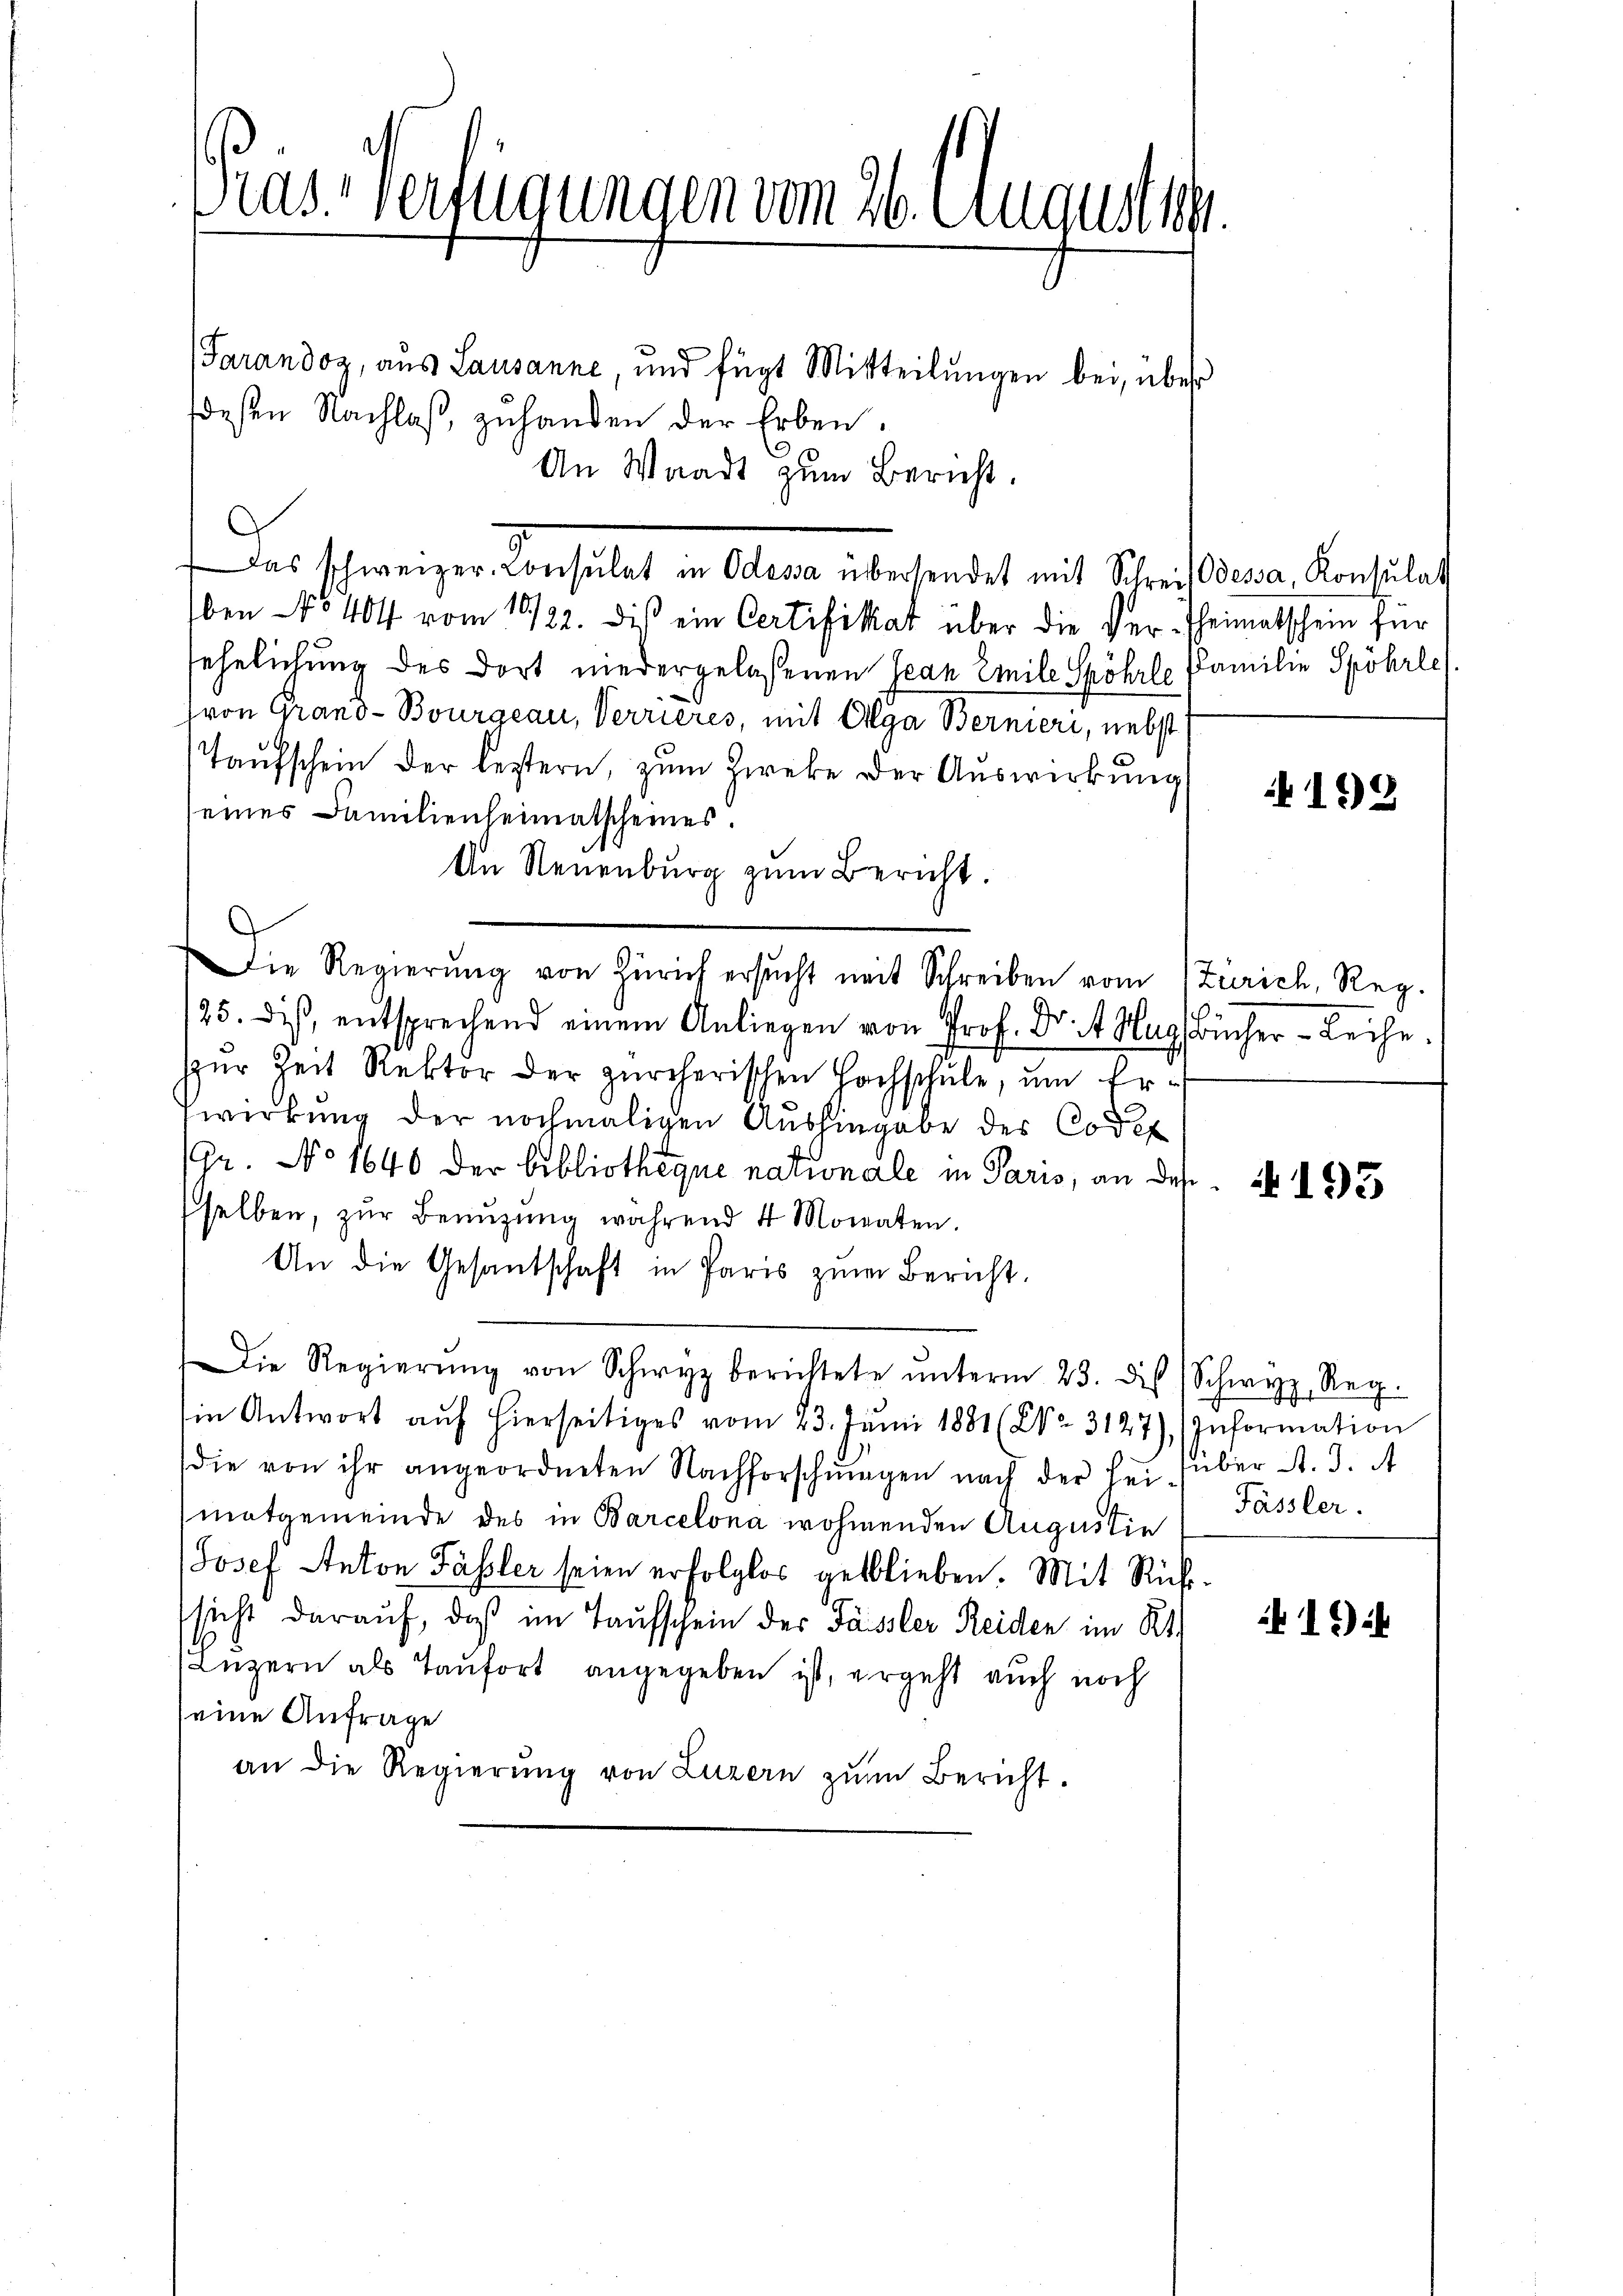
ras Verfügungen vom 26. August ten
Tarandoz, aus Lausanne, und fügt Mitteilungen bei, über
desen Nachlaβ zuhanden der Erben.

An Waadt zum Bericht.
Das schweizer Konsulat in Olexa übersendet mit Schrei devan Konsulat
ben No 404 vom 19/22. Dies ein Certifikat über die Ver-Theimatschein für
sehnlichung des dort niedergelaßenen Jean Emile Spöhrle
(von Grand-Bourgeau, Verrieres, mit Olga Bernieri, nebst
Taufschein der leztern, zum Zwecke der Auswirkung
eines Familienheimatscheines.
An Neuenburg zum Bericht.
125. dis, entsprechend einem Anliegen von Prof. Dr. 4. Mag Bücher - Leihe.
zur Zeit Rektor der zürcherischen Hochschule, um Ertwirkung der nochmaligen Aushingabe des Codex
(Gr. No 1640 der Bibliotheque nationale in Paris, an des I 235
selben, zŭr Benŭtzŭng während 4 Monaten.
An die Gesantschaft in Paris zum Bericht.
Die Regierŭng von Schwyz berichtete ŭnterm 23. des Schwyz Reg.
in Antwort aŭf hierseitiges vom 23. Juni 1881 (XV 3127) (Information
die von ihr angeordneten Nachforschŭngen nach der sei über A. J. A
matgemeinde des in Barcelona wohnenden Augustie
Josef Anton Fässler seien erfolglos geblieben. Mit Richsicht darauf, daß im Taufschein der Fässler Reiden im R
Luzern als Taufort angegeben ist, ergeht auch noch
eine Anfrage
an die Regierŭng von Luzern zŭm Bericht.

Die Regierŭng von Zürich ersŭcht mit Schreiben vom Zürich, Reg.

Familie Spöhrler

199

Fässler.

19) i